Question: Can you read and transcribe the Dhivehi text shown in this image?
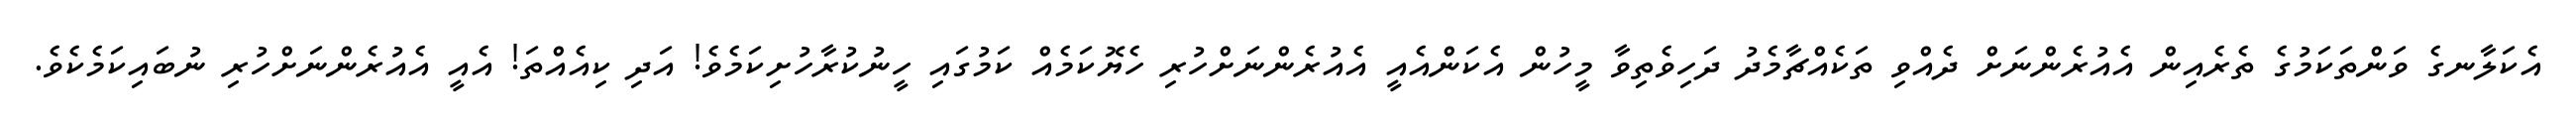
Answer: އެކަލާނގެ ވަންތަކަމުގެ ތެރެއިން އެއުރެންނަށް ދެއްވި ތަކެއްޗާމެދު ދަހިވެތިވާ މީހުން އެކަންއެއީ އެއުރެންނަށްހުރި ހެޔޮކަމެއް ކަމުގައި ހީނުކުރާހުށިކަމެވެ! އަދި ކިއެއްތަ! އެއީ އެއުރެންނަށްހުރި ނުބައިކަމެކެވެ.